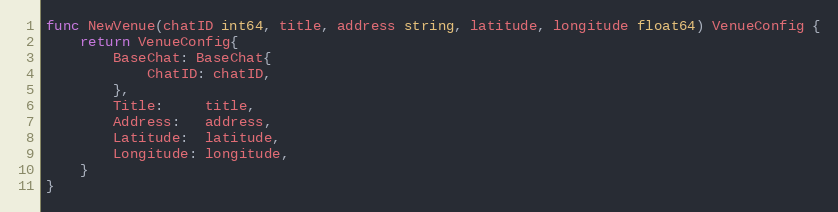
Language: Go
func NewVenue(chatID int64, title, address string, latitude, longitude float64) VenueConfig {
	return VenueConfig{
		BaseChat: BaseChat{
			ChatID: chatID,
		},
		Title:     title,
		Address:   address,
		Latitude:  latitude,
		Longitude: longitude,
	}
}